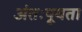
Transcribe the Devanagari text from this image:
अंतःपूयता